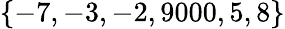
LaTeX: \{ -7,-3,-2,9000,5,8\}